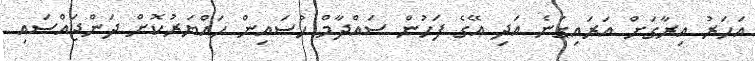
އަހަރު އިރާގަށް އަރައިގަނެ އަދި އޭގެ ފަހުން ސައްދާމް ހުސައިން ހައްޔަރުކޮށް ދަންޖައްސައި